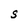
Character: S